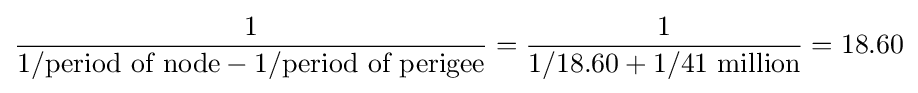
{\frac {1}{1/{\text{period of node}}-1/{\text{period of perigee}}}}={\frac {1}{1/18.60+1/41{\text{ million}}}}=18.60